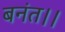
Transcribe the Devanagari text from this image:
बनंत।।